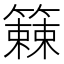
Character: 𫂧